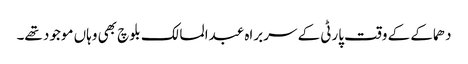
دھماکے کے وقت پارٹی کے سربراہ عبدالمالک بلوچ بھی وہاں موجود تھے۔